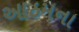
આઠમના